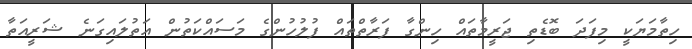
ހިތާމަޔަކީ މިފަދަ ބޮޑެތި ޖަރީމާތައް ހިންގާ ފަރާތްތައް ފުލުހުންގެ މަސައްކަތުން އަތުލައިގަނެ ޝަރީއަތާ